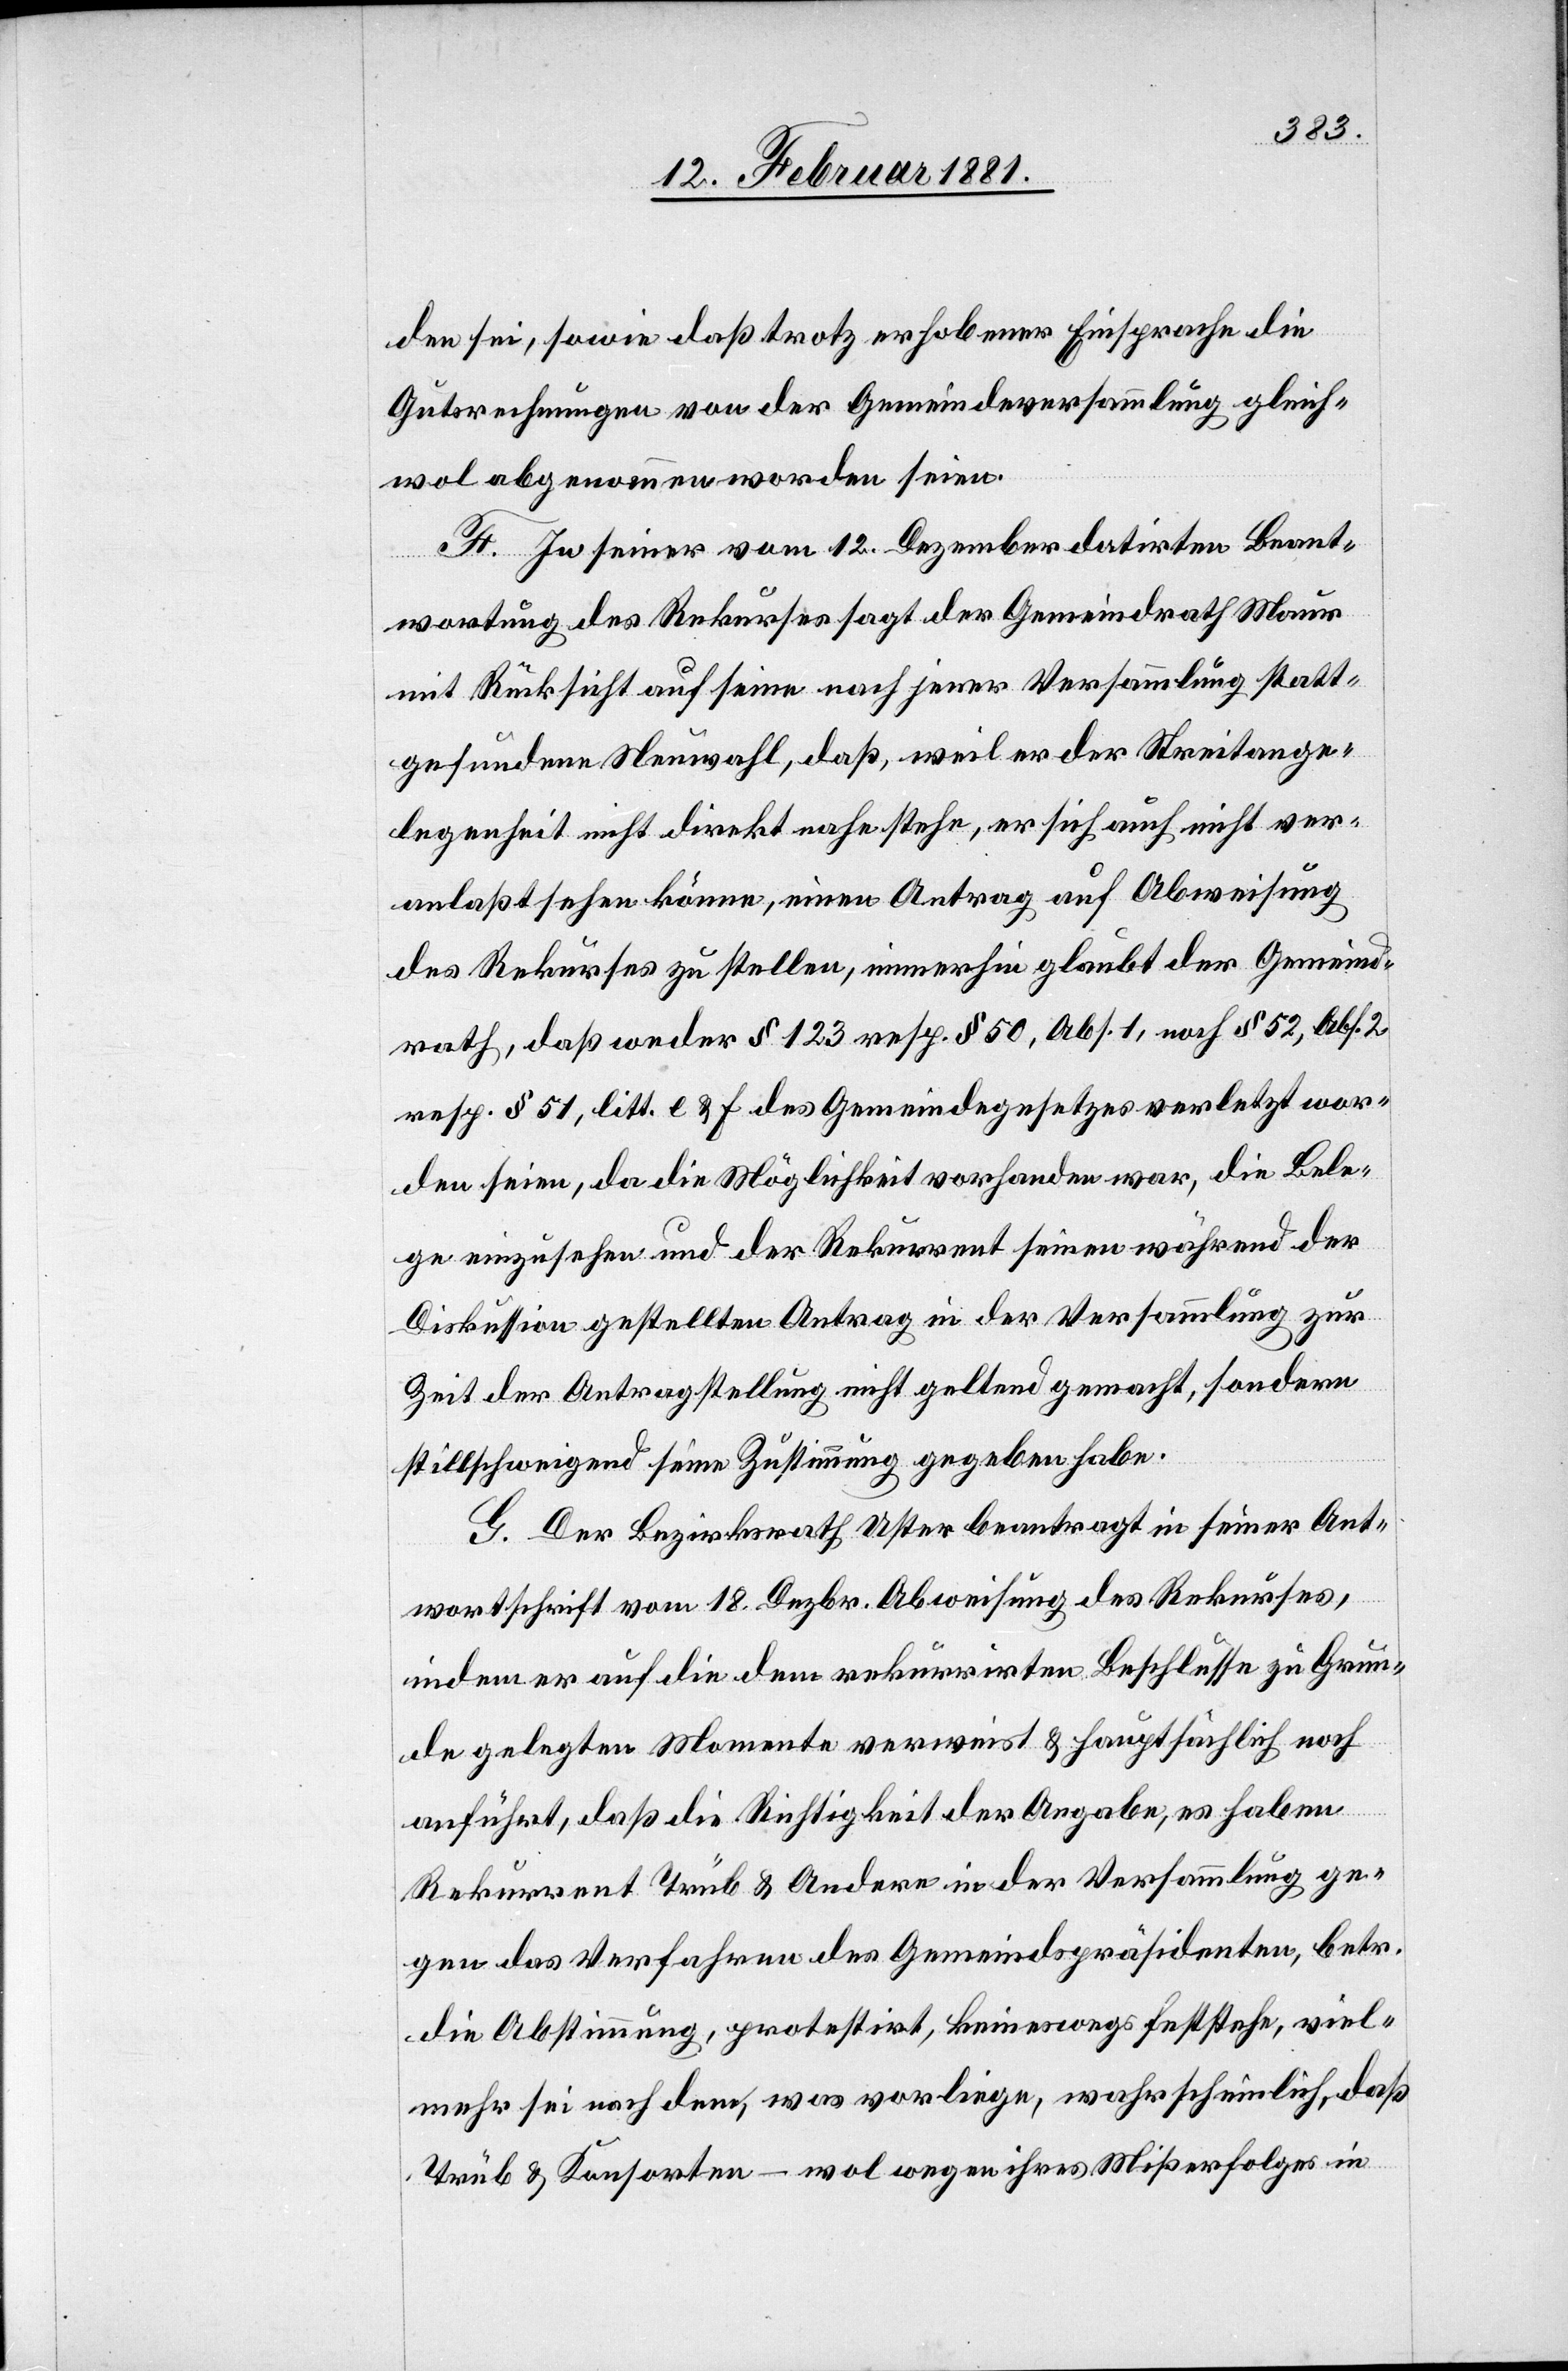
den sei. sowie daß trotz erhobener Einsprache die
Gutsrechnungen von der Gemeindsversammlung gleich¬
wol abgenommen worden seien.
F. In seiner vom 12. Dezember datirten Beant¬
wortung des Rekurses sagt der Gemeindrath Maur
mit Rücksicht auf seine nach jener Versammlung statt¬
gefundene Neuwahl, daß, weil er der Streitange¬
legenheit nicht direkt nahe stehe, er sich auch nicht ver¬
anlaßt sehen könne, einen Antrag auf Abweisung
des Rekurses zu stellen, immerhin glaubt der Gemeind¬
rath, daß weder § 123 resp. § 50, Abs. 1, nach § 52, Abs. 2
resp. § 51, litt. e & F des Gemeindegesetzes verletzt wor¬
den seien, da die Möglichkeit vorhanden war, die Bele¬
ge einzusehen und der Rekurrent seinen während der
Diskussion gestellten Antrag in der Versammlung zur
Zeit der Antragstellung nicht geltend gemacht, sondern
stillschweigend seine Zustimmung gegeben habe.
G. Der Bezirksrath Uster beantragt in seiner Ant¬
wortschrift vom 18. Dezbr. Abweisung des Rekurses,
indem er auf die dem rekurrirten Beschlusse zu Grun¬
de gelegten Momente verweist & hauptsächlich noch
anführt, daß die Richtigkeit der Angabe, es haben
Rekurrent Trüb & Andere in der Versammlung ge¬
gen das Verfahren des Gemeindspräsidenten, betr.
die Abstimmung, protestirt, keineswegs feststehe, viel¬
mehr sei nach dem, was vorliege, wahrscheinlich, daß
Trüb & Konsorten – wol wegen ihres Mißerfolges in